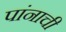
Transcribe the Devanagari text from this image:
पांनाची